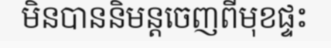
មិនបាននិមន្តចេញពីមុខផ្ទះ